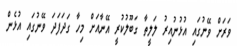
ވަރަށް ވޭނުގައި އުޅުނުއިރު ލަލީތާ ގަބޫލުކުރީ އޭނާއަށް މިހާ ގަދަފަދަ ވޭނުގައި އުޅެން